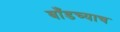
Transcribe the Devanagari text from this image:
बाँडच्याच